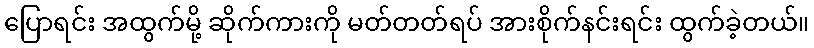
ပြောရင်း အထွက်မို့ ဆိုက်ကားကို မတ်တတ်ရပ် အားစိုက်နင်းရင်း ထွက်ခဲ့တယ်။